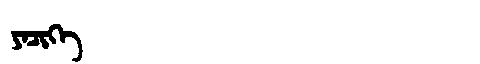
Manchu: ᠶᠠᠴᡳᡴᡝ
Romanization: YACIKE